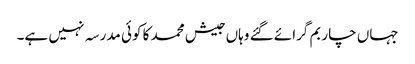
جہاں چار بم گرائے گئے وہاں جیش محمد کا کوئی مدرسہ نہیں ہے۔